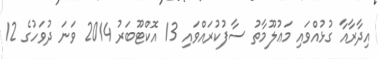
އިދާރާއާ ގުޅުއްވައި މަޢުލޫމާތު ސާފުކުރައްވައި 13 އޮކްޓޫބަރު 2014 ވަނަ ދުވަހުގެ 12